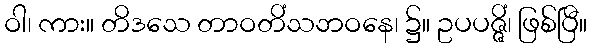
ဝါ၊ ကား။ တိဒသေ တာဝတိံသဘဝနေ၊ ၌။ ဥပပဇ္ဇိံ၊ ဖြစ်ပြီ။